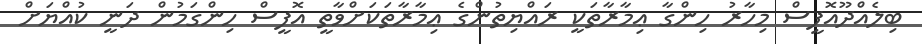
ބިލެއްދޫއޮފީސް މިހާރު ހިންގާ ޢިމާރާތަކީ ރައްޔިތުންގެ ޢިމާރާތަކަށްވާތީ އޮފީސް ހިންގަމުން ދަނީ ކުއްޔަށް